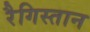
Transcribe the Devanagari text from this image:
रैगिस्तान